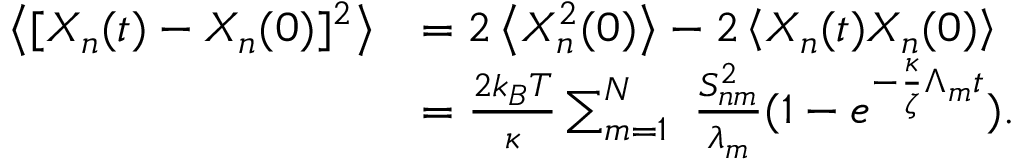
\begin{array} { r l } { \left< [ X _ { n } ( t ) - X _ { n } ( 0 ) ] ^ { 2 } \right> } & { = 2 \left< X _ { n } ^ { 2 } ( 0 ) \right> - 2 \left< X _ { n } ( t ) X _ { n } ( 0 ) \right> } \\ & { = \frac { 2 k _ { B } T } { \kappa } \sum _ { m = 1 } ^ { N } \ \frac { S _ { n m } ^ { 2 } } { \lambda _ { m } } ( 1 - e ^ { - \frac { \kappa } { \zeta } \Lambda _ { m } t } ) . } \end{array}